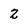
Character: 2